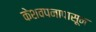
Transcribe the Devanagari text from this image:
केशवपनापासून